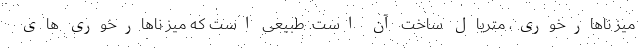
میز ناهارخوری، متریال ساخت آن است. طبیعی است که میز ناهارخوری های